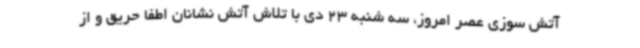
آتش سوزی عصر امروز، سه شنبه 23 دی با تلاش آتش نشانان اطفا حریق و از